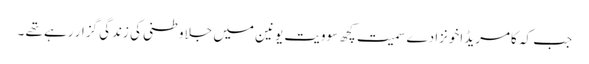
جب کہ کامریڈ اخونزادے سمیت کچھ سوویت یونین میں جلاوطنی کی زندگی گزار رہے تھے ۔